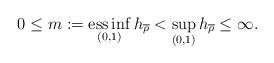
LaTeX: \begin{align*} 0 \leq m := \operatorname*{ess\,inf}_{(0,1)} h_{\overline \rho} < \sup_{(0,1)} h_{\overline \rho} \leq \infty.\end{align*}